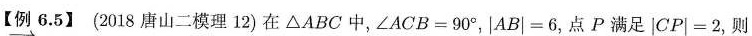
【例6.5】(2018唐山二模理12)在△ABC中，$$∠ A C B = 9 0 °$$，$$| A B | = 6$$，点P满足$$| C P | = 2$$，则